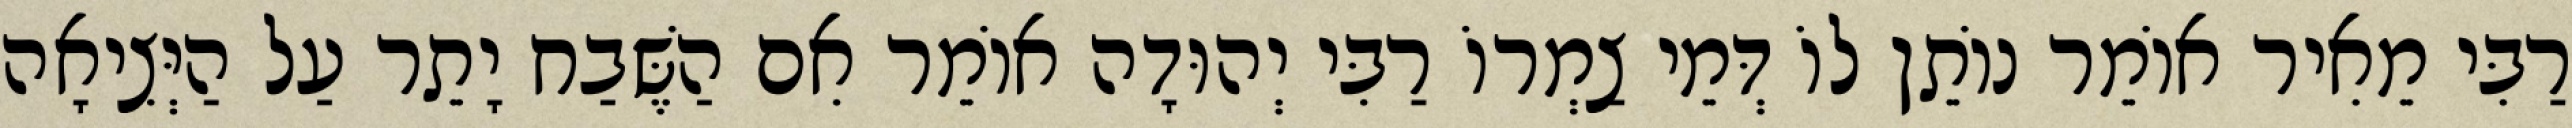
רַבִּי מֵאִיר אוֹמֵר נוֹתֵן לוֹ דְּמֵי צַמְרוֹ רַבִּי יְהוּדָה אוֹמֵר אִם הַשֶּׁבַח יָתֵר עַל הַיְּצִיאָה